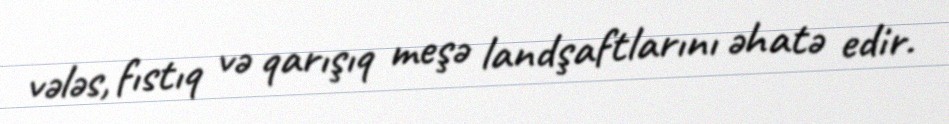
vələs, fıstıq və qarışıq meşə landşaftlarını əhatə edir.